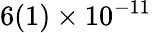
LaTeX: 6(1)\times 10^{-11}